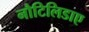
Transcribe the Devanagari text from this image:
नौटिलिडाए